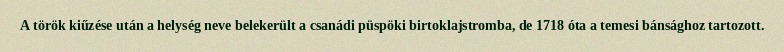
A török kiűzése után a helység neve belekerült a csanádi püspöki birtoklajstromba, de 1718 óta a temesi bánsághoz tartozott.